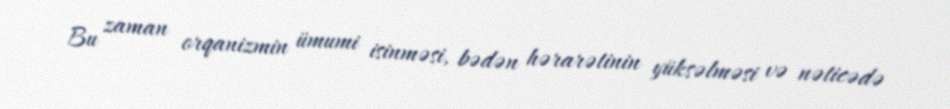
Bu zaman orqanizmin ümumi isinməsi, bədən hərarətinin yüksəlməsi və nəticədə